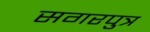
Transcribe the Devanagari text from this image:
सगरपुत्र